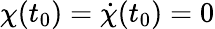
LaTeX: \chi(t_{0})=\dot{\chi}(t_{0})=0